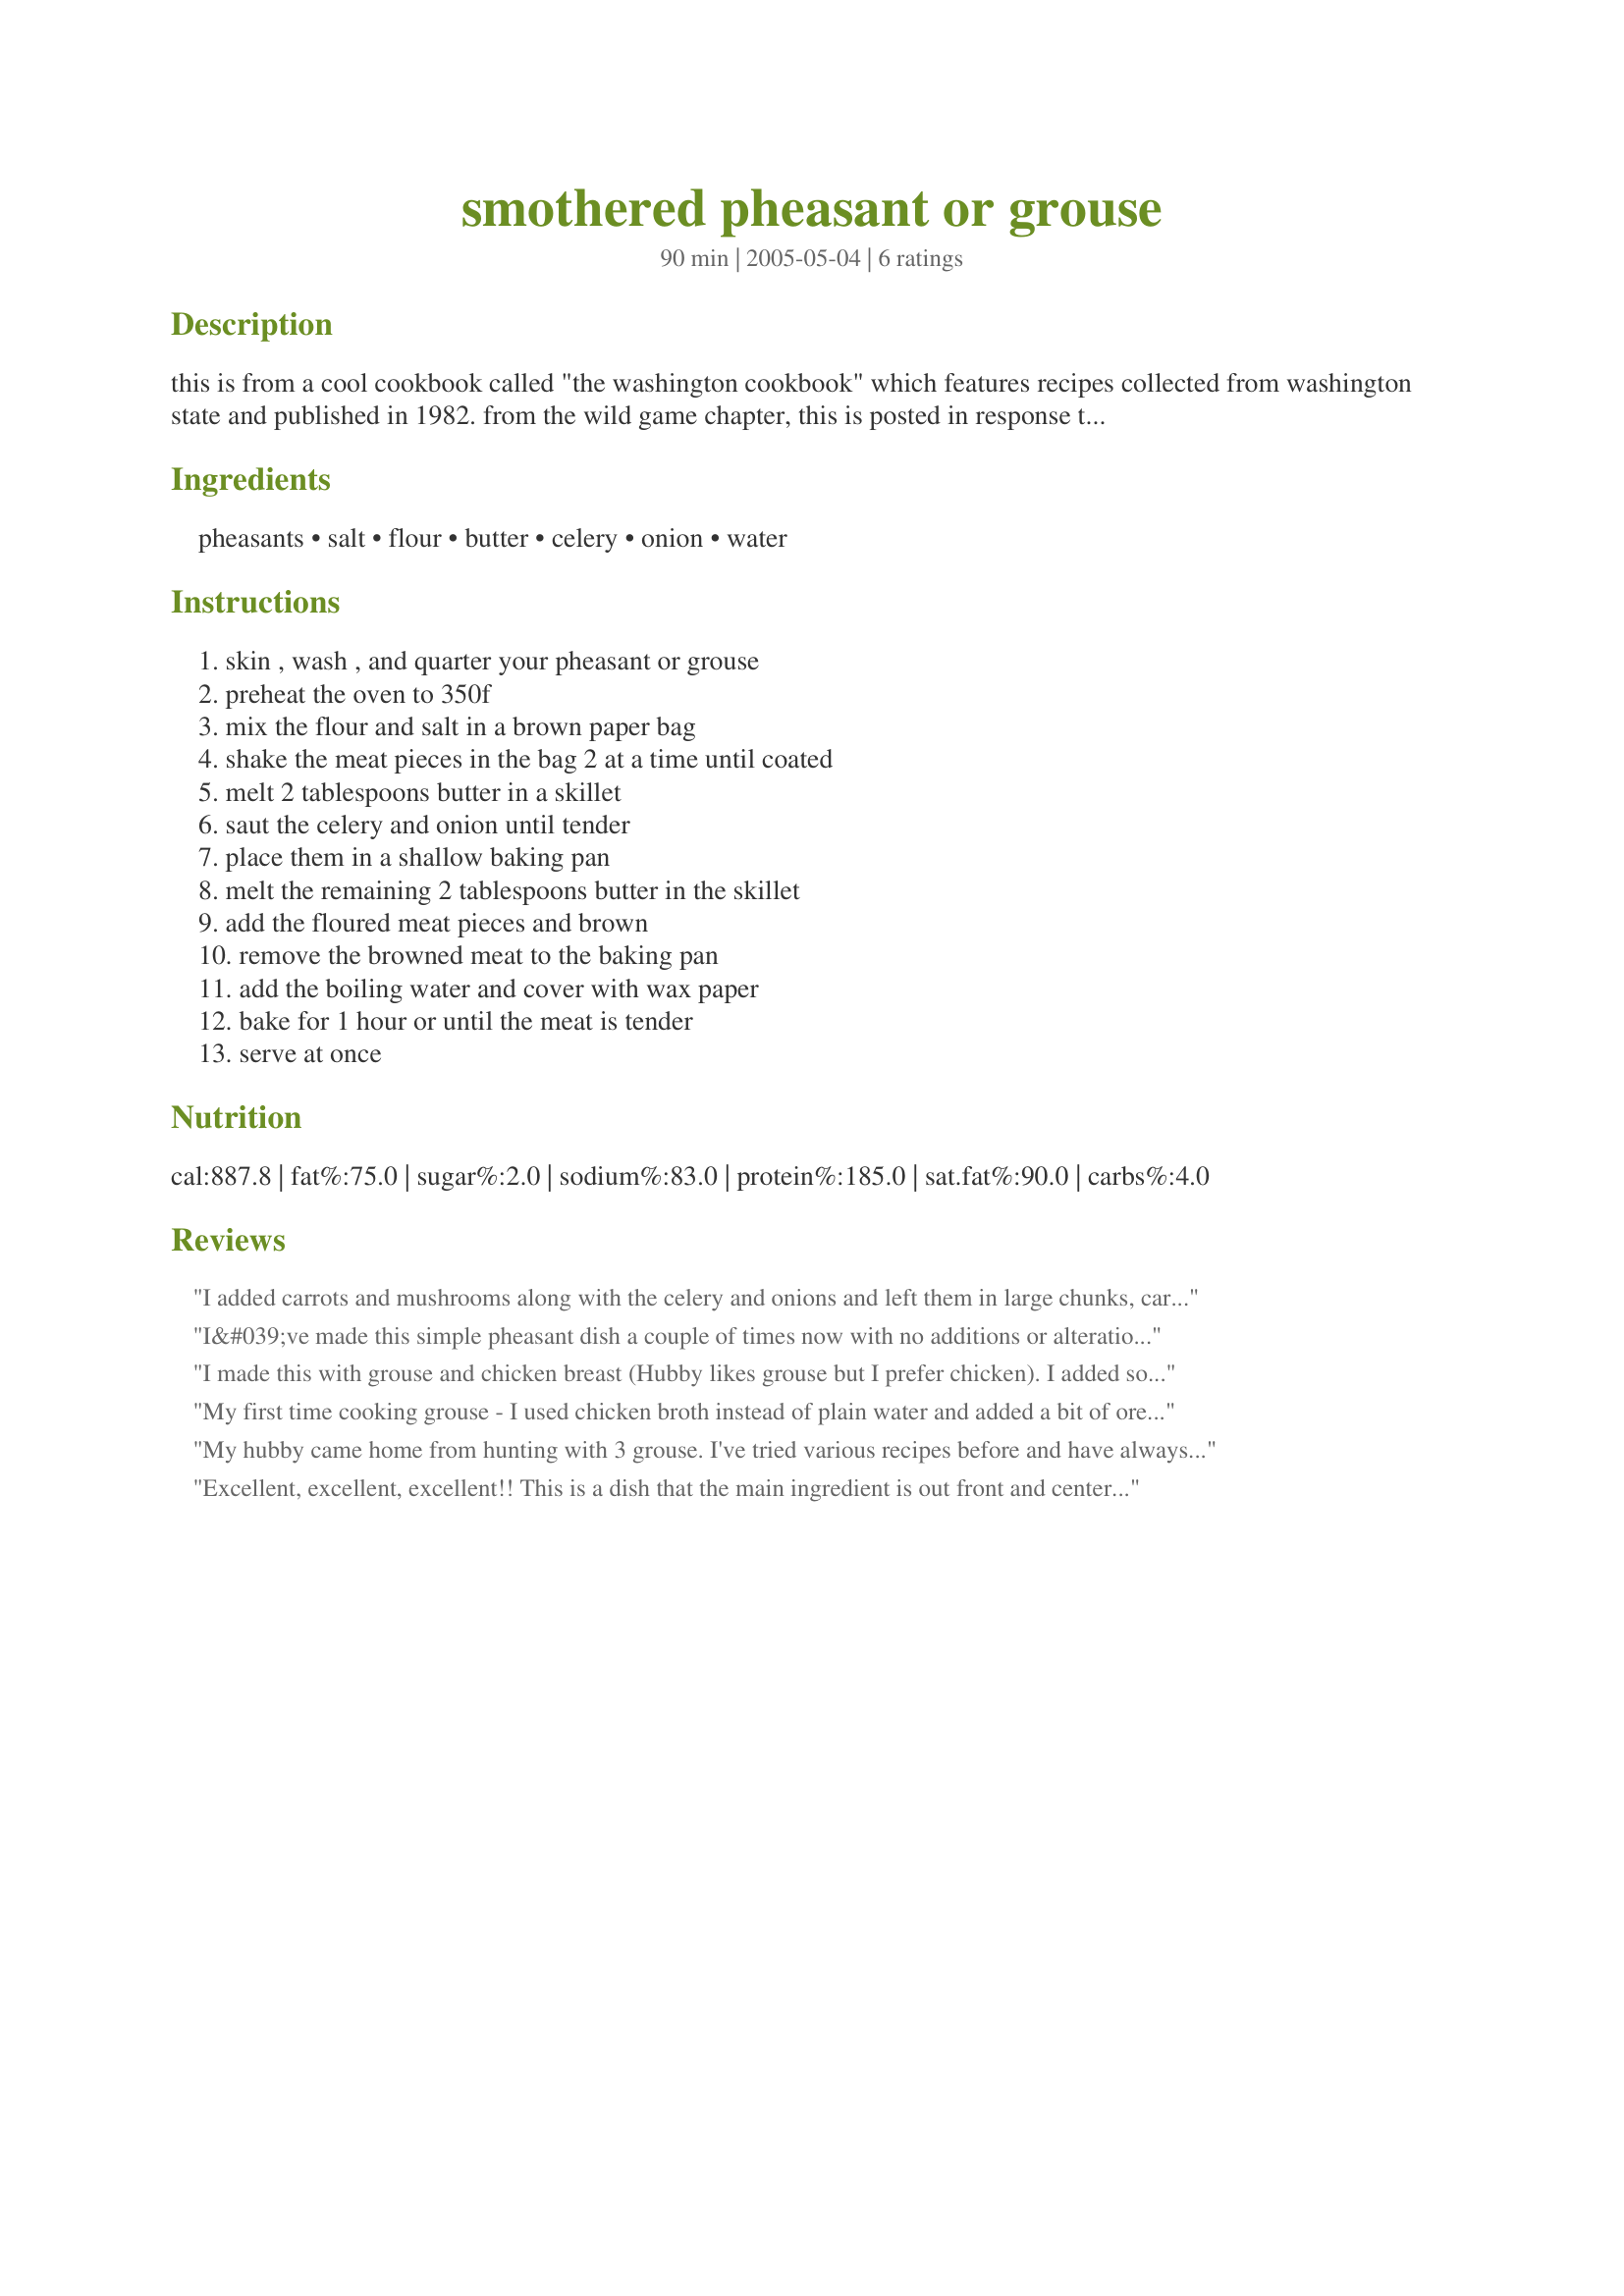
smothered pheasant or grouse
Preparation time: 90 minutes

this is from a cool cookbook called "the washington cookbook" which features recipes collected from washington state and published in 1982. from the wild game chapter, this is posted in response to a request. not one i have tried, but i am happy to up the number of wild game recipes on zaar! the original recipe suggests that the flavor of this dish is enhanced by vegetables and that tiny boiled carrots are a good accompaniment. it also recommends that a bed of wild rice is quite nice. actually, the ingredient list does not include carrot but the original directions say to sauté them along with the celery and onion. so if you try it let me know how it goes and i'll make adjustments!

Ingredients:
pheasants, salt, flour, butter, celery, onion, water

Steps:
skin , wash , and quarter your pheasant or grouse, preheat the oven to 350f, mix the flour and salt in a brown paper bag, shake the meat pieces in the bag 2 at a time until coated, melt 2 tablespoons butter in a skillet, saut the celery and onion until tender, place them in a shallow baking pan, melt the remaining 2 tablespoons butter in the skillet, add the floured meat pieces and brown, remove the browned meat to the baking pan, add the boiling water and cover with wax paper, bake for 1 hour or until the meat is tender, serve at once

Reviews:
I added carrots and mushrooms along with the celery and onions and left them in large chunks, carrots quartered, mushrooms in half, same with celery and onion, then added 1/2 cup dry wine instead of water to pheasant, covered with thyme, parsley, salt and fresh ground pepper----wow
I&#039;ve made this simple pheasant dish a couple of times now with no additions or alterations and have been so pleased with the result. The simplicity of the dish allows you to really encounter the flavor of the pheasant making this recipe ideal for a very fresh bird.
I made this with grouse and chicken breast (Hubby likes grouse but I prefer chicken). I added some oregano to the flour and added chopped carrots and a few mushrooms to the onions and celery. DELICIOUS!!! Hubby loved the grouse and I loved the chicken! I served it over mashed potatoes and it was GREAT! Have tried many grouse recipes and this is a keeper! One of the best I have tried. Thanks ladypit!
My first time cooking grouse - I used chicken broth instead of plain water and added a bit of oregano to the flour... The grouse turned out remarkably tender with no game-taste at all. This is a keeper!
My hubby came home from hunting with 3 grouse. I've tried various recipes before and have always ended up with a super chewy lump of meat before that ended up in the garbage. Thankfully this recipe proved my bad luck with grouse wrong!!!! It was delicious. Very tender flakey meat. I did use chicken broth instead of water, but other than that I didn't alter the recipe. Thanks for the great recipe. Always nice seeing wild game recipes on food.com!!
Excellent, excellent, excellent!! This is a dish that the main ingredient is out front and center. It is not over powered by the other ingredients. I did cut the recipe in half and also used the tiny carrots, boiled. They worked great..I sauted them (about 1/2 cup) with the celery and onion till tender. I cooked everything in a cast iron skillet and covered with the cast iron lid. This came out moist, tender and you can really taste the pheasant. Thanks ladypit for posting
